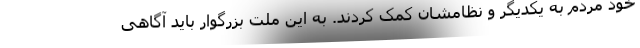
خود مردم به یکدیگر و نظامشان کمک کردند. به این ملت بزرگوار باید آگاهی